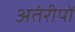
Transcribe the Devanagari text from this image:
अतंरीपों